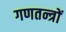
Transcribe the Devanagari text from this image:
गणतन्त्रों